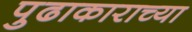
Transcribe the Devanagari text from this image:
पुढाकाराच्या